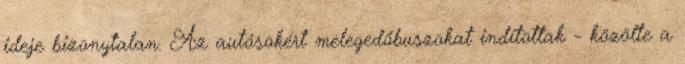
ideje bizonytalan. Az autósokért melegedőbuszokat indítottak - közölte a